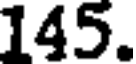
145.